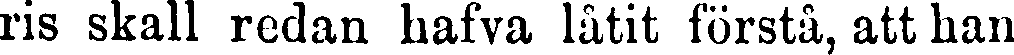
ris skall redan hafva låtit förstå, att han